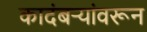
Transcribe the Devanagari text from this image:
कादंबर्‍यांवरून